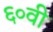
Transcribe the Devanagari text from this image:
६०वी